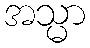
အသ္မာ